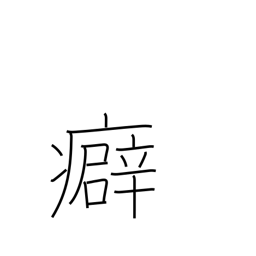
Meaning: kink